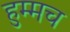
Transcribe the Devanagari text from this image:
हुम्मच